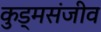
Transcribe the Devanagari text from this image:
कुड्मसंजीव